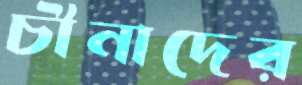
চীনাদের